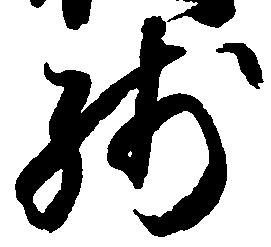
残